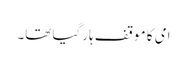
امی کا موقف ہار گیا تھا۔